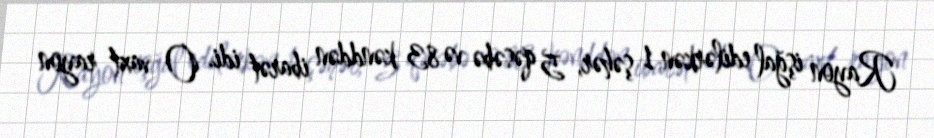
Rayon işğal edilərkən 1 şəhər, 5 qəsəbə və 83 kənddən ibarət idi. O vaxt rayon